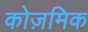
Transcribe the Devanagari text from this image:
कोज़मिक